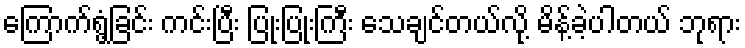
ကြောက်ရွံ့ခြင်း ကင်းပြီး ပြုံးပြုံးကြီး သေချင်တယ်လို့ မိန့်ခဲ့ပါတယ် ဘုရား